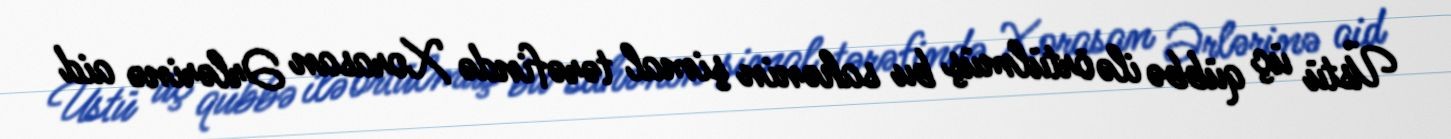
Üstü üç qübbə ilə örtülmüş bu sahənin şimal tərəfində Xorasan Ərlərinə aid